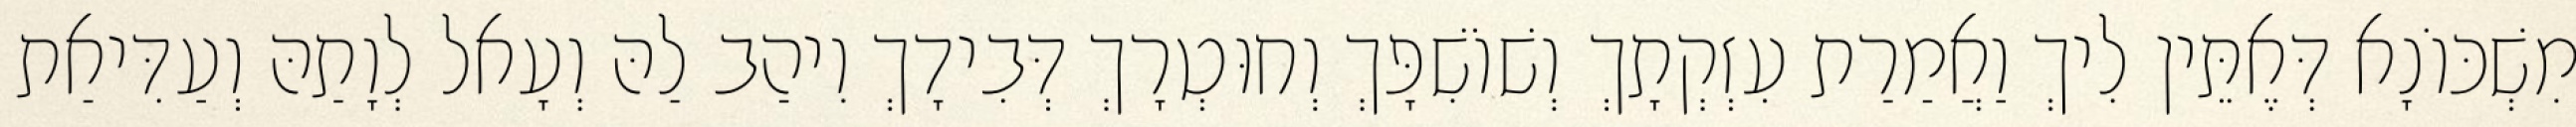
מִשְׁכּוֹנָא דְּאֶתֵּין לִיךְ וַאֲמַרַת עִזְקְתָךְ וְשׁוֹשִׁפָּךְ וְחוּטְרָךְ דְּבִידָךְ וִיהַב לַהּ וְעָאל לְוָתַהּ וְעַדִּיאַת